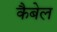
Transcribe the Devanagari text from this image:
कैबेल